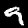
Digit: 9